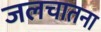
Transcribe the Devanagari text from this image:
जलचातना